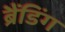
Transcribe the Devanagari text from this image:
ब्रैंडिंग